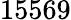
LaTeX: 15569